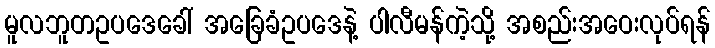
မူလဘူတဥပဒေခေါ် အခြေခံဥပဒေနဲ့ ပါလီမန်ကဲ့သို့ အစည်းအဝေးလုပ်ရန်